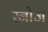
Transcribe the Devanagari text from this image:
स्नोज